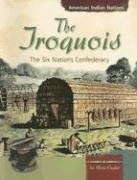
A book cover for The Iroquois: The Six Nations Confederacy (American Indian Nations); Mary Englar; Children's Books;